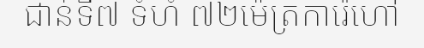
ជាន់ទី៧ ទំហំ ៧២ម៉េត្រការ៉េហៅ